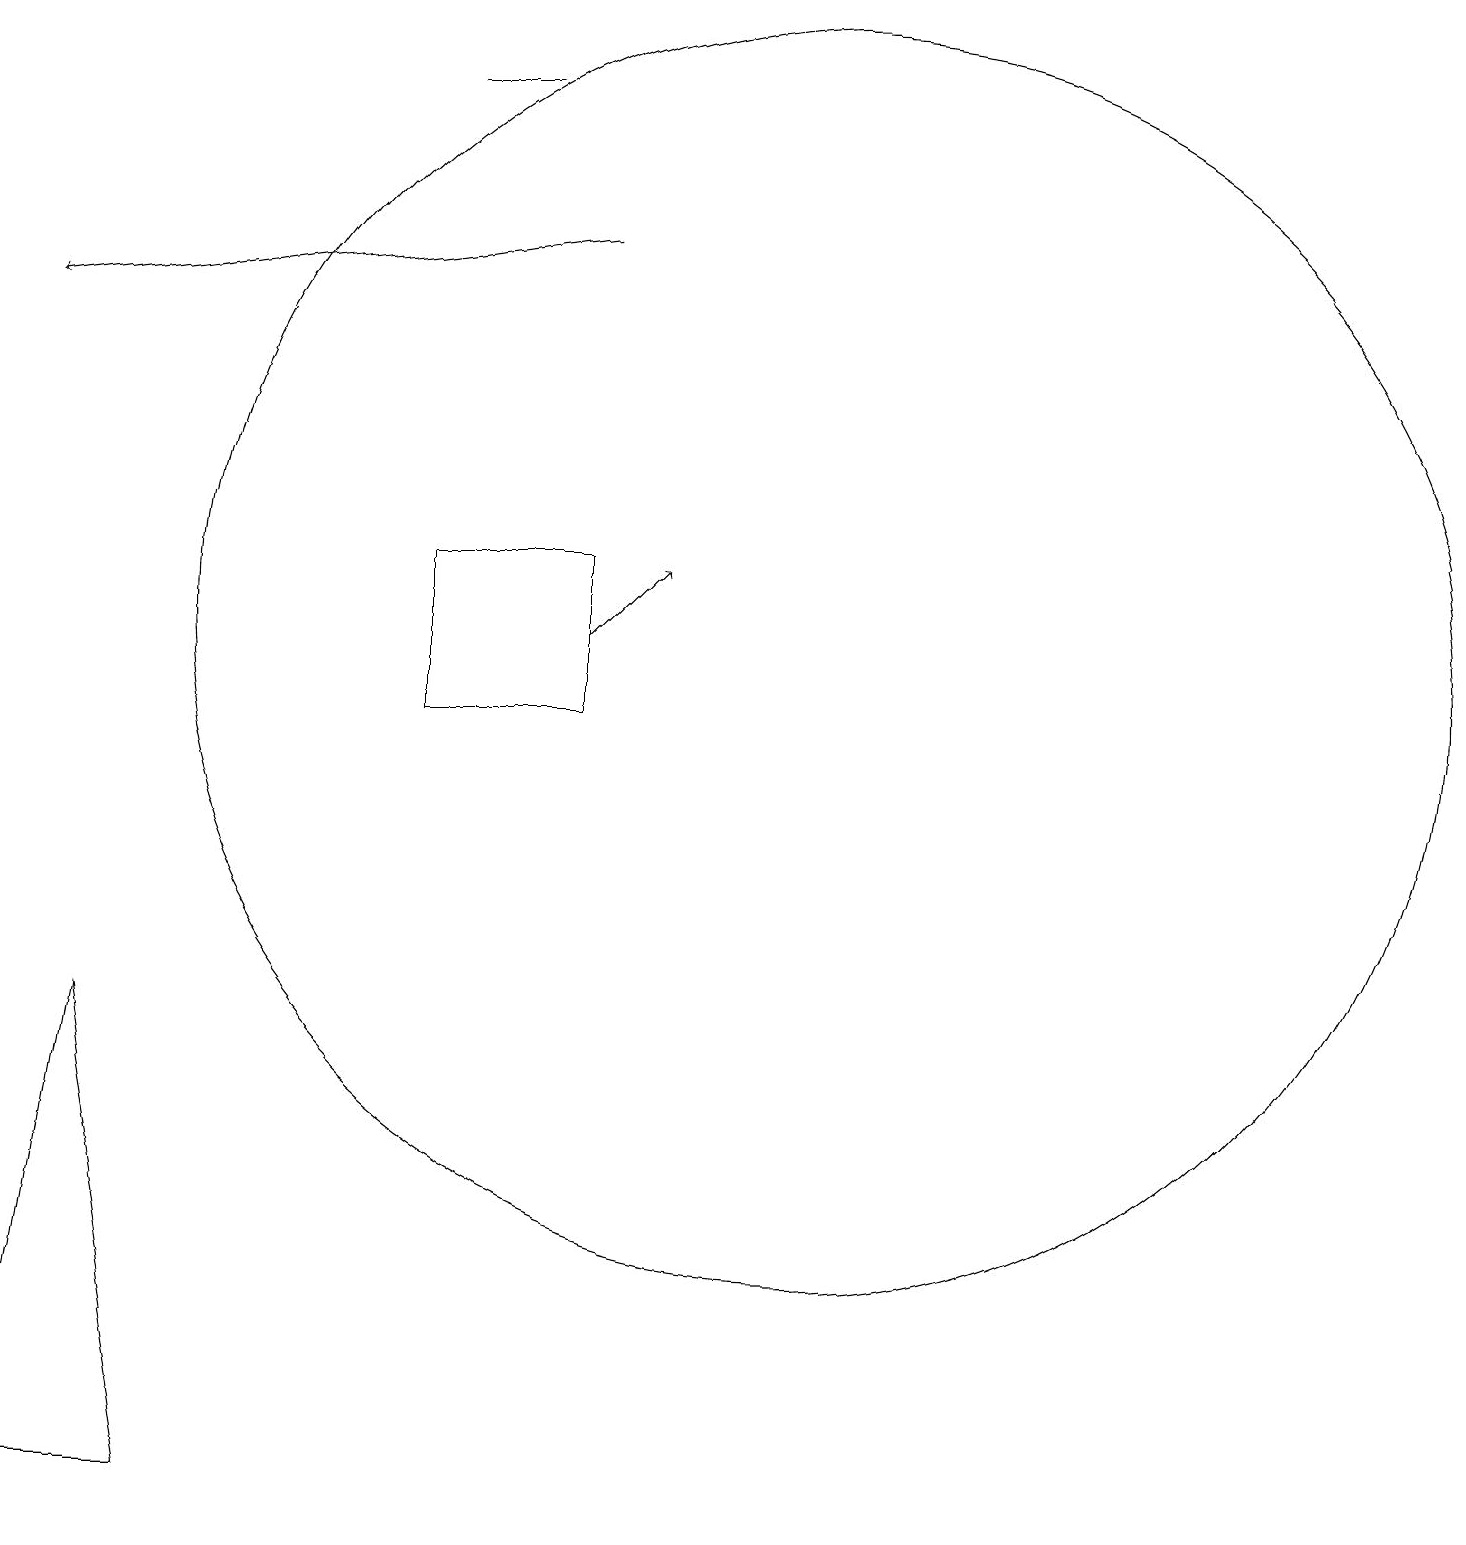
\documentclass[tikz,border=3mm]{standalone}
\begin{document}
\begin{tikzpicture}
\draw (6,18) rectangle (5,18);
\draw[->] (7,16) -- (0,15);
\draw (5,10) rectangle (7,12);
\draw[->] (7,11) -- (8,12);
\draw (10,11) circle (8);
\draw (1,6) -- (2,0) -- (0,0) -- cycle;
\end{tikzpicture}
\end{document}